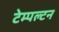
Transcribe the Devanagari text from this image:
टेम्पल्टन